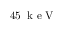
4 5 \; \mathrm { ~ k ~ e ~ V ~ }